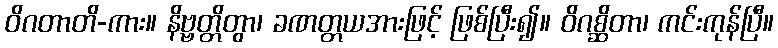
ဝိဂတာတိ-ကား။ နိဗ္ဗတ္တိတွာ၊ ခဏတ္တယအားဖြင့် ဖြစ်ပြီး၍။ ဝိဂစ္ဆိတာ၊ ကင်းကုန်ပြီ။